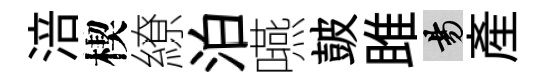
涪楔繚泊嚥皷雎昜産